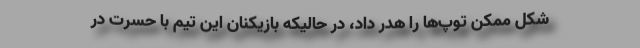
شکل ممکن توپ‌‌ها را هدر داد، در حالیکه بازیکنان این تیم با حسرت در